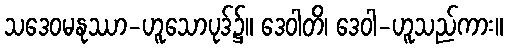
သဒေဝမနုဿာ-ဟူသောပုဒ်၌။ ဒေဝါတိ၊ ဒေဝါ-ဟူသည်ကား။